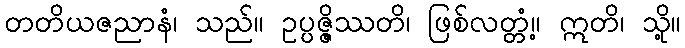
တတိယဇညာနံ၊ သည်။ ဥပ္ပဇ္ဇိဿတိ၊ ဖြစ်လတ္တံ့။ ဣတိ၊ သို့။